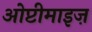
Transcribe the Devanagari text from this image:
ओप्टीमाइज़